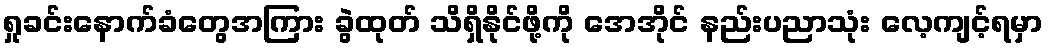
ရှုခင်းနောက်ခံတွေအကြား ခွဲထုတ် သိရှိနိုင်ဖို့ကို အေအိုင် နည်းပညာသုံး လေ့ကျင့်ရမှာ